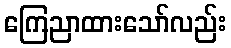
ကြေညာထားသော်လည်း